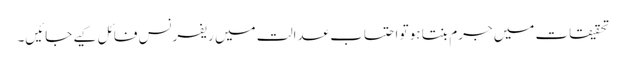
تحقیقات میں جرم بنتا ہو تو احتساب عدالت میں ریفرنس فائل کیے جائیں۔